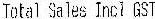
TOTAL SALES INCL GST